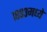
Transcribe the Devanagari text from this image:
१८९३मध्ये